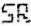
SR